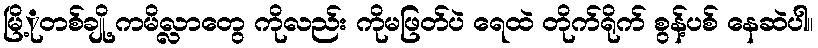
မြိ့ုတစ်ချို့ ကမိလ္လာတွေ ကိုလည်း ကိုမဖြတ်ပဲ ရေထဲ တိုက်ရိုက် စွန့်ပစ် နေဆဲပါ။